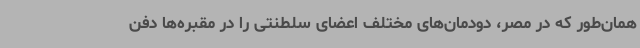
همان‌طور که در مصر، دودمان‌های مختلف اعضای سلطنتی را در مقبره‌ها دفن